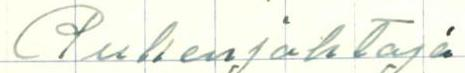
Puhenjohtaja